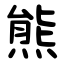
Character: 熊